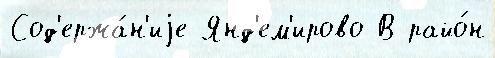
Сод'ержа́н'иjе Янд'ем'ирово В райо́н